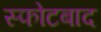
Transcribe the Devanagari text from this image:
स्फोटबाद